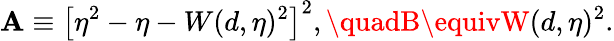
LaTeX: \mathbf{A}\equiv\left[\eta^{2}-\eta-W(d,\eta)^{2}\right]^{2},\quadB\equivW(d,\eta)^{2}.